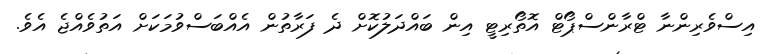
އިސްވެރިންނާ ޓްރާންސްޕޯޓް އޮތޯރިޓީ އިން ބައްދަލުކޮށް ދެ ފަރާތުން އެއްބަސްވުމަކަށް އަތުވެއްޖެ އެވެ.